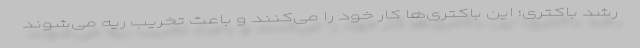
رشد باکتری؛ این باکتری‌ها کار خود را می‌کنند و باعث تخریب ریه می‌شوند